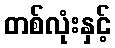
တစ်လုံးနှင့်